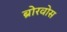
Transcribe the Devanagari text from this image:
ब्रोरवोस